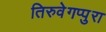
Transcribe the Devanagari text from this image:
तिरुवेगप्पुरा